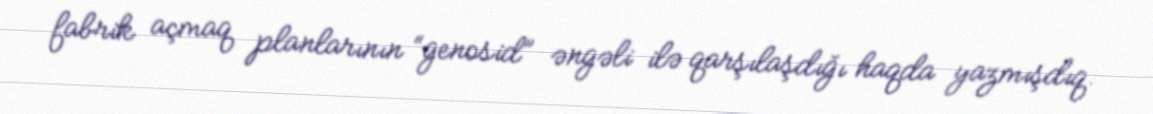
fabrik açmaq planlarının “genosid” əngəli ilə qarşılaşdığı haqda yazmışdıq.